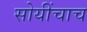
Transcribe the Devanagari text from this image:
सोयींचाच